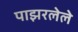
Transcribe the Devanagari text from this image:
पाझरलेले